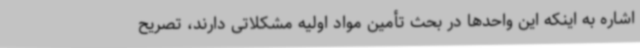
اشاره به اینکه این واحدها در بحث تأمین مواد اولیه مشکلاتی دارند، تصریح